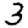
Digit: 3